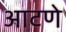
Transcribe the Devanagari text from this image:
आटणे